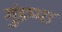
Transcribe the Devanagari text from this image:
गुंडम्मा